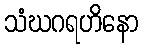
သံဃဂရဟိနော